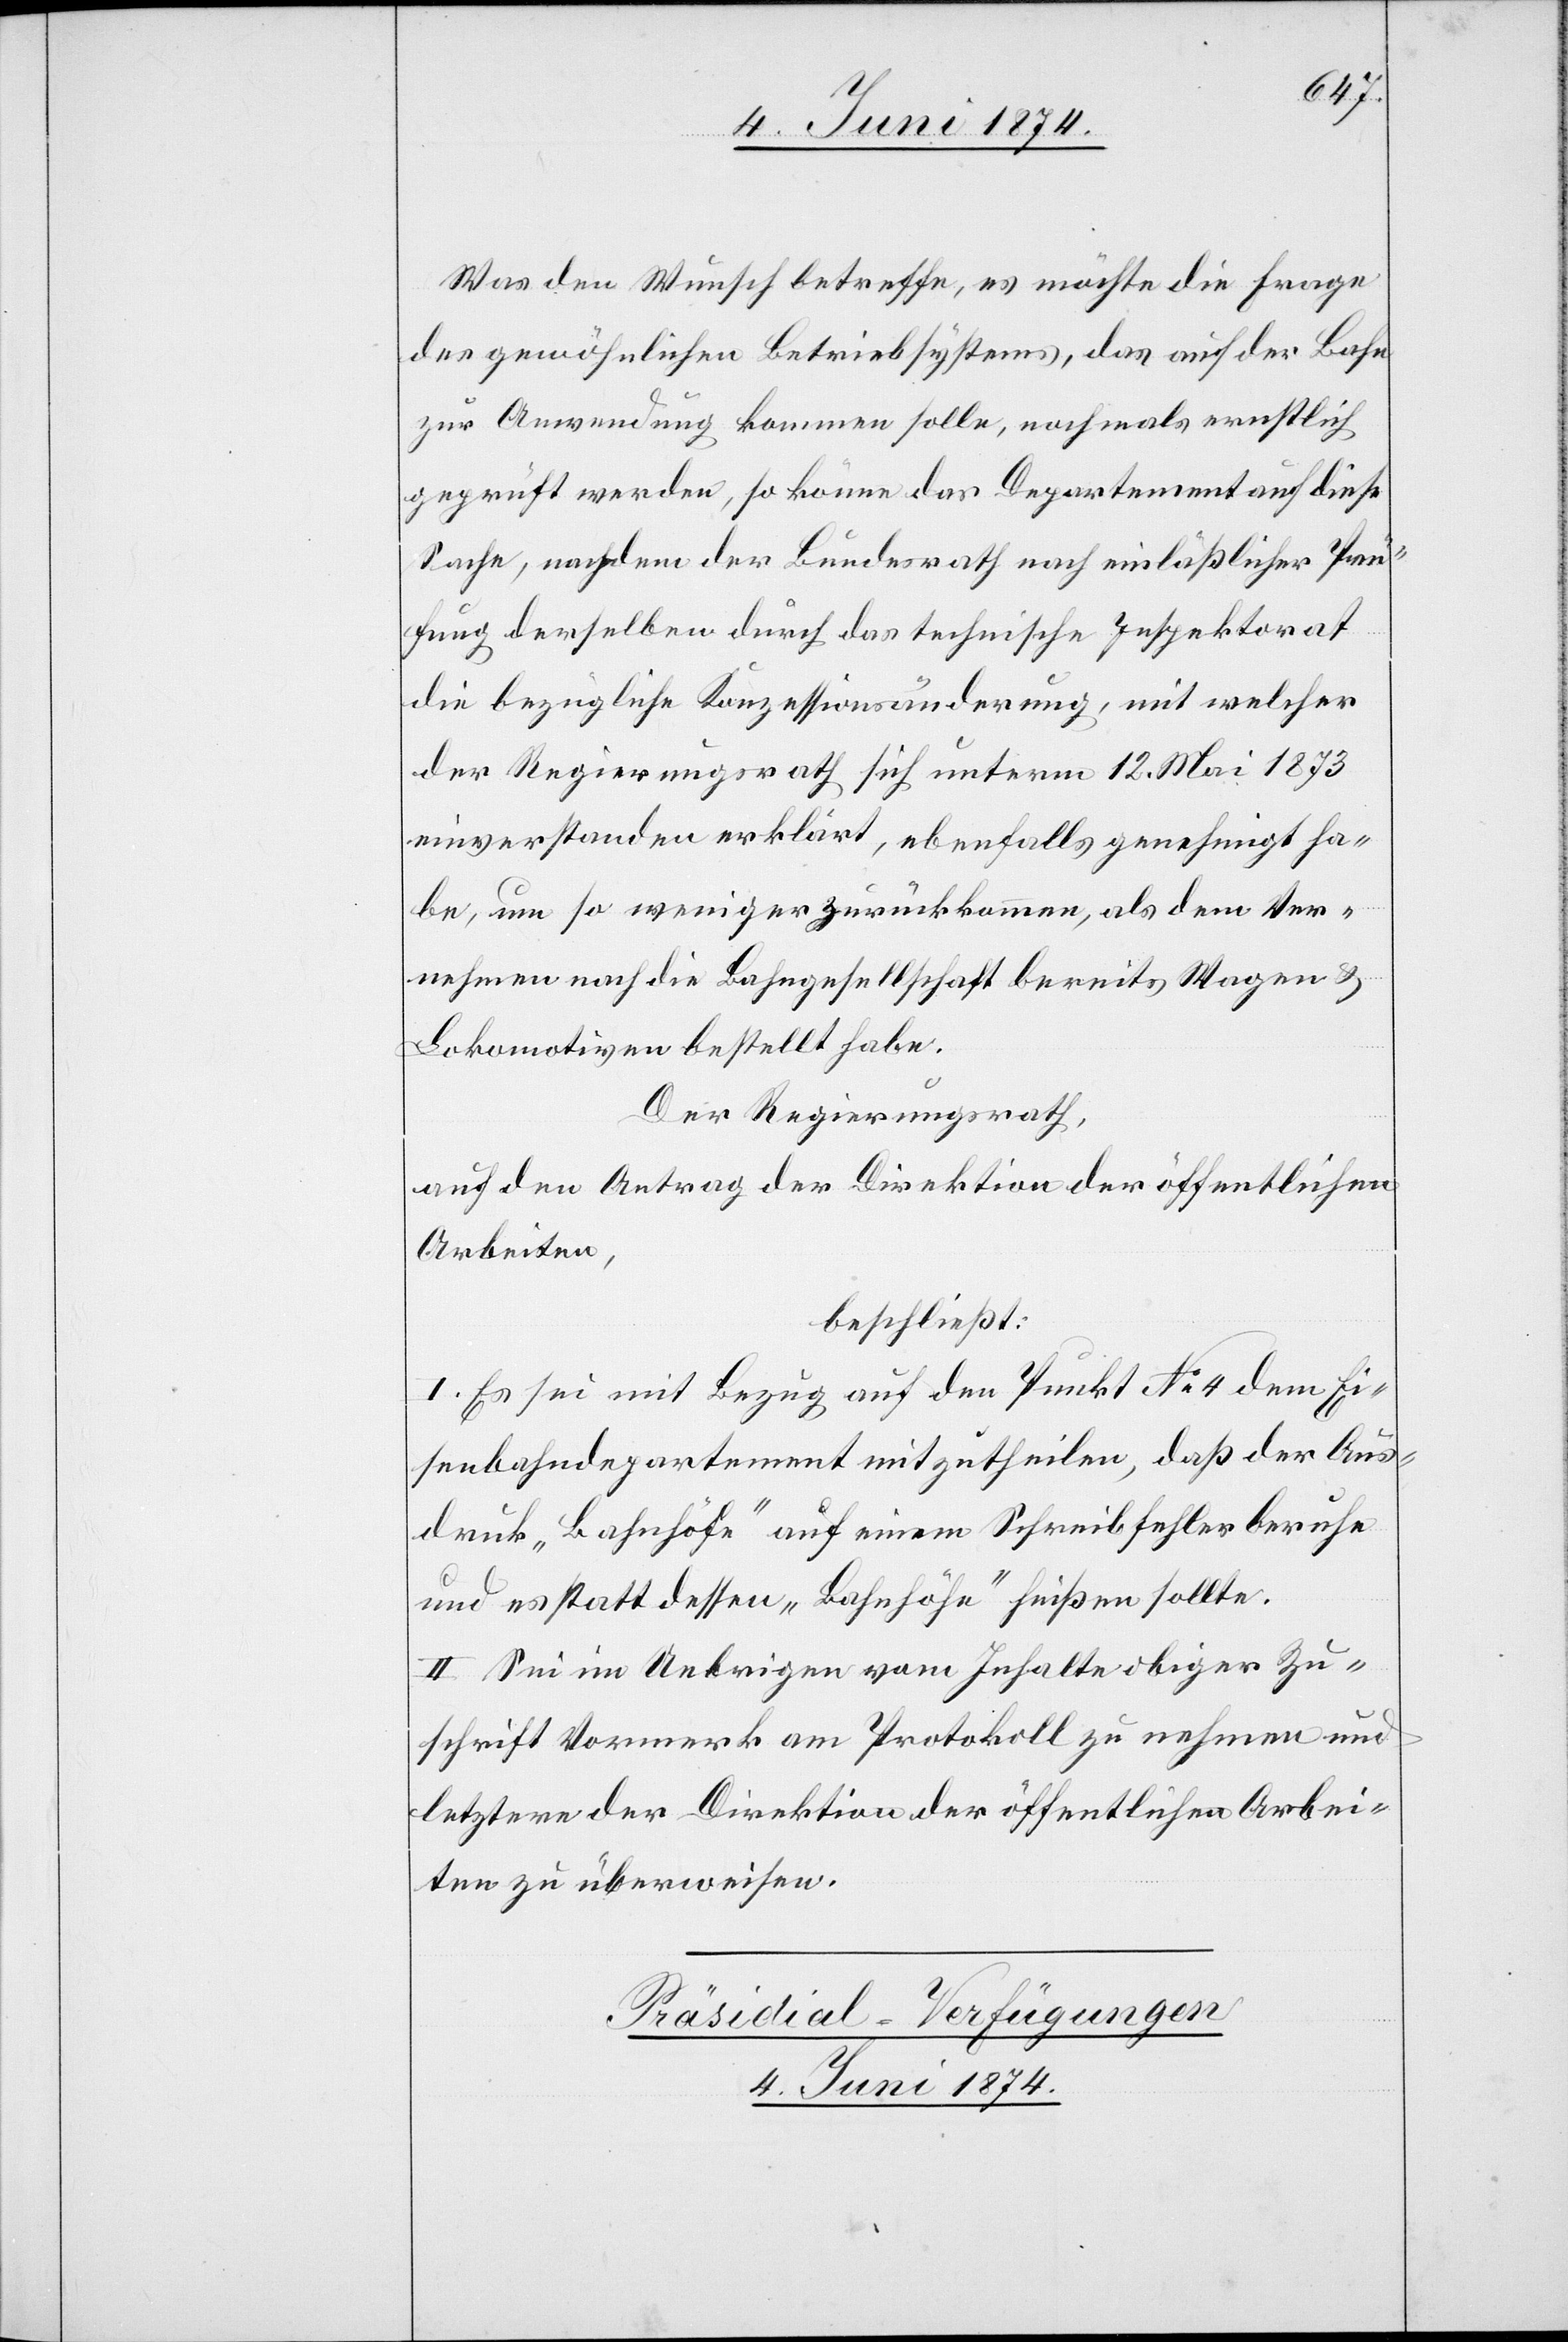
Was den Wunsch betreffe, es möchte die Frage
des gewöhnlichen Betriebsystems, das auf der Bahn
zur Anwendung kommen solle, nochmals ernstlich
geprüft werden, so könne das Departement auf diese
Sache, nachdem der Bundesrath nach einläßlicher Prü¬
fung derselben durch das technische Inspektorat
die bezügliche Konzessionsänderung, mit welcher
der Regierungsrath sich unterm 12. Mai 1873
einverstanden erklärt, ebenfalls genehmigt ha¬
be, um so weniger zurückkommen, als dem Ver¬
nehmen nach die Bahngesellschaft bereits Wagen u.
Lokomotiven bestellt habe.
Der Regierungsrath,
auf den Antrag der Direktion der öffentlichen
Arbeiten,
beschließt:
I. Es sei mit Bezug auf den Punkt No 4 dem Ei¬
senbahndepartement mitzutheilen, daß der Aus¬
druck „Bahnhöfe“ auf einem Schreibfehler beruhe
und es statt dessen „Bahnhöhe“ heißen sollte.
II. Sei im Uebrigen vom Inhalte obiger Zu¬
schrift Vormerk am Protokoll zu nehmen und
letztere der Direktion der öffentlichen Arbei¬
ten zu überweisen.